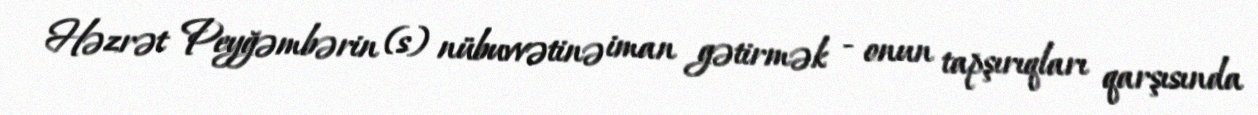
Həzrət Peyğəmbərin (s) nübuvvətinə iman gətirmək - onun tapşırıqları qarşısında